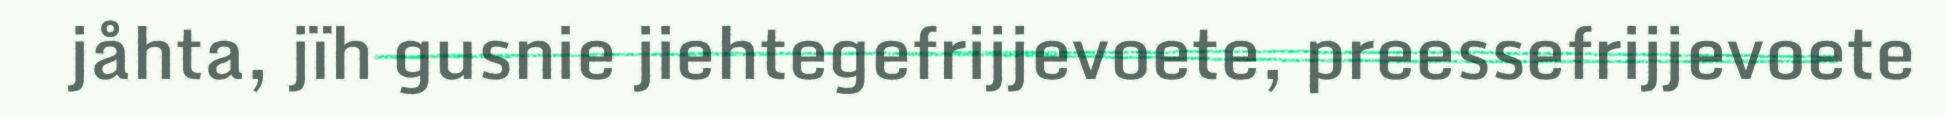
jåhta, jïh gusnie jiehtegefrijjevoete, preessefrijjevoete